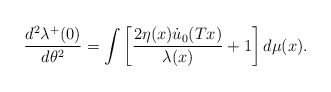
\begin{align*}\frac{d\sp2\lambda\sp+(0)}{d\theta\sp2}=\int\left[\frac{2\eta(x)\dot u_0(Tx)}{\lambda(x)}+1\right]d\mu(x).\end{align*}